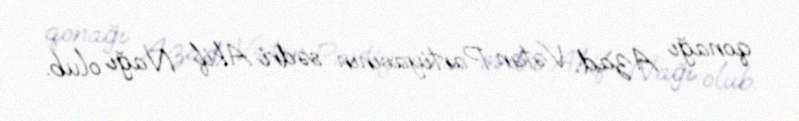
qonağı Azad Vətən Partiyasının sədri Akif Nağı olub.